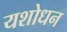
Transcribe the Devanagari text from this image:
यशोधन